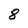
Character: 8